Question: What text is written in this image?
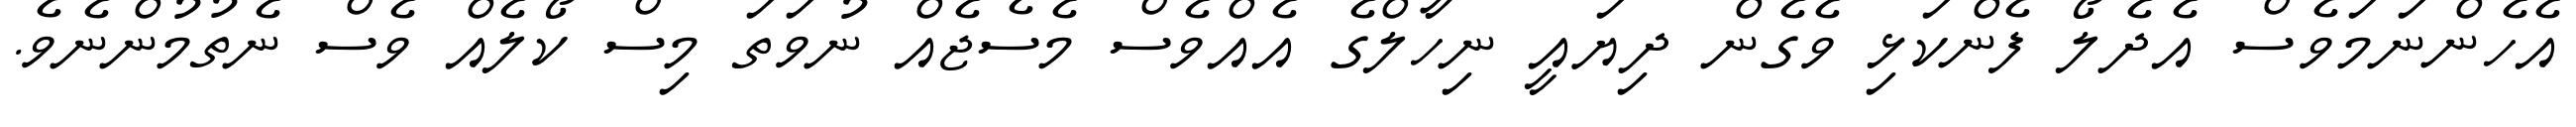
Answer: އެހެންނަމަވެސް އެދެލޯ ފެންކަޅި ވެގެން ދިޔައީ ނިހާލްގެ އެއްވެސް މެސެޖެއް ނުވަތަ މިސް ކޯލެއް ވެސް ނެތުމުންނެވެ.